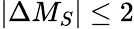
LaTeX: |\Delta M_{S}|\le 2